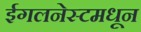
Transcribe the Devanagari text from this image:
ईगलनेस्टमधून